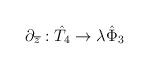
LaTeX: \begin{align*}\partial_{\overline{z}}:\hat{T}_{4}\rightarrow\lambda \hat{\Phi}_{3}\end{align*}